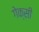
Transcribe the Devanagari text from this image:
गेक्सी